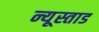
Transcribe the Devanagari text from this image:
न्यूस्ताड